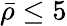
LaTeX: \bar{\rho}\leq 5